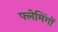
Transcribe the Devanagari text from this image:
फ्लेमिंगों